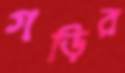
গড়ির